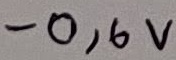
Text: -0,6V